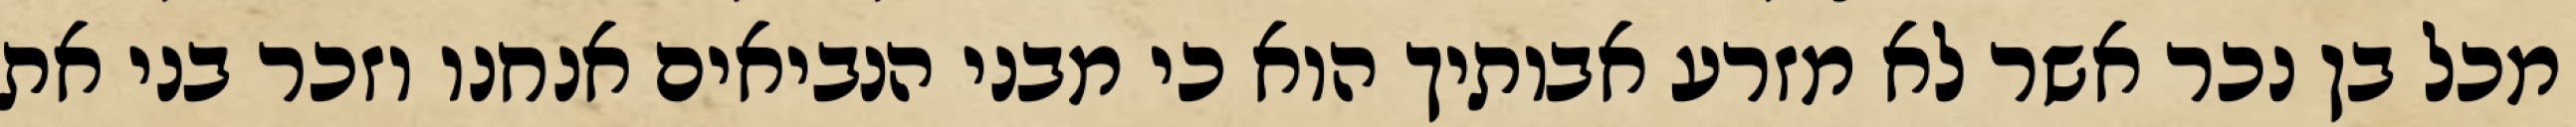
מכל בן נכר אשר לא מזרע אבותיך הוא כי מבני הנביאים אנחנו וזכר בני את